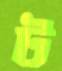
ট